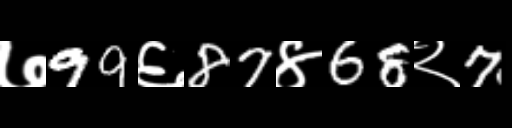
Text: ७99६87४68२7